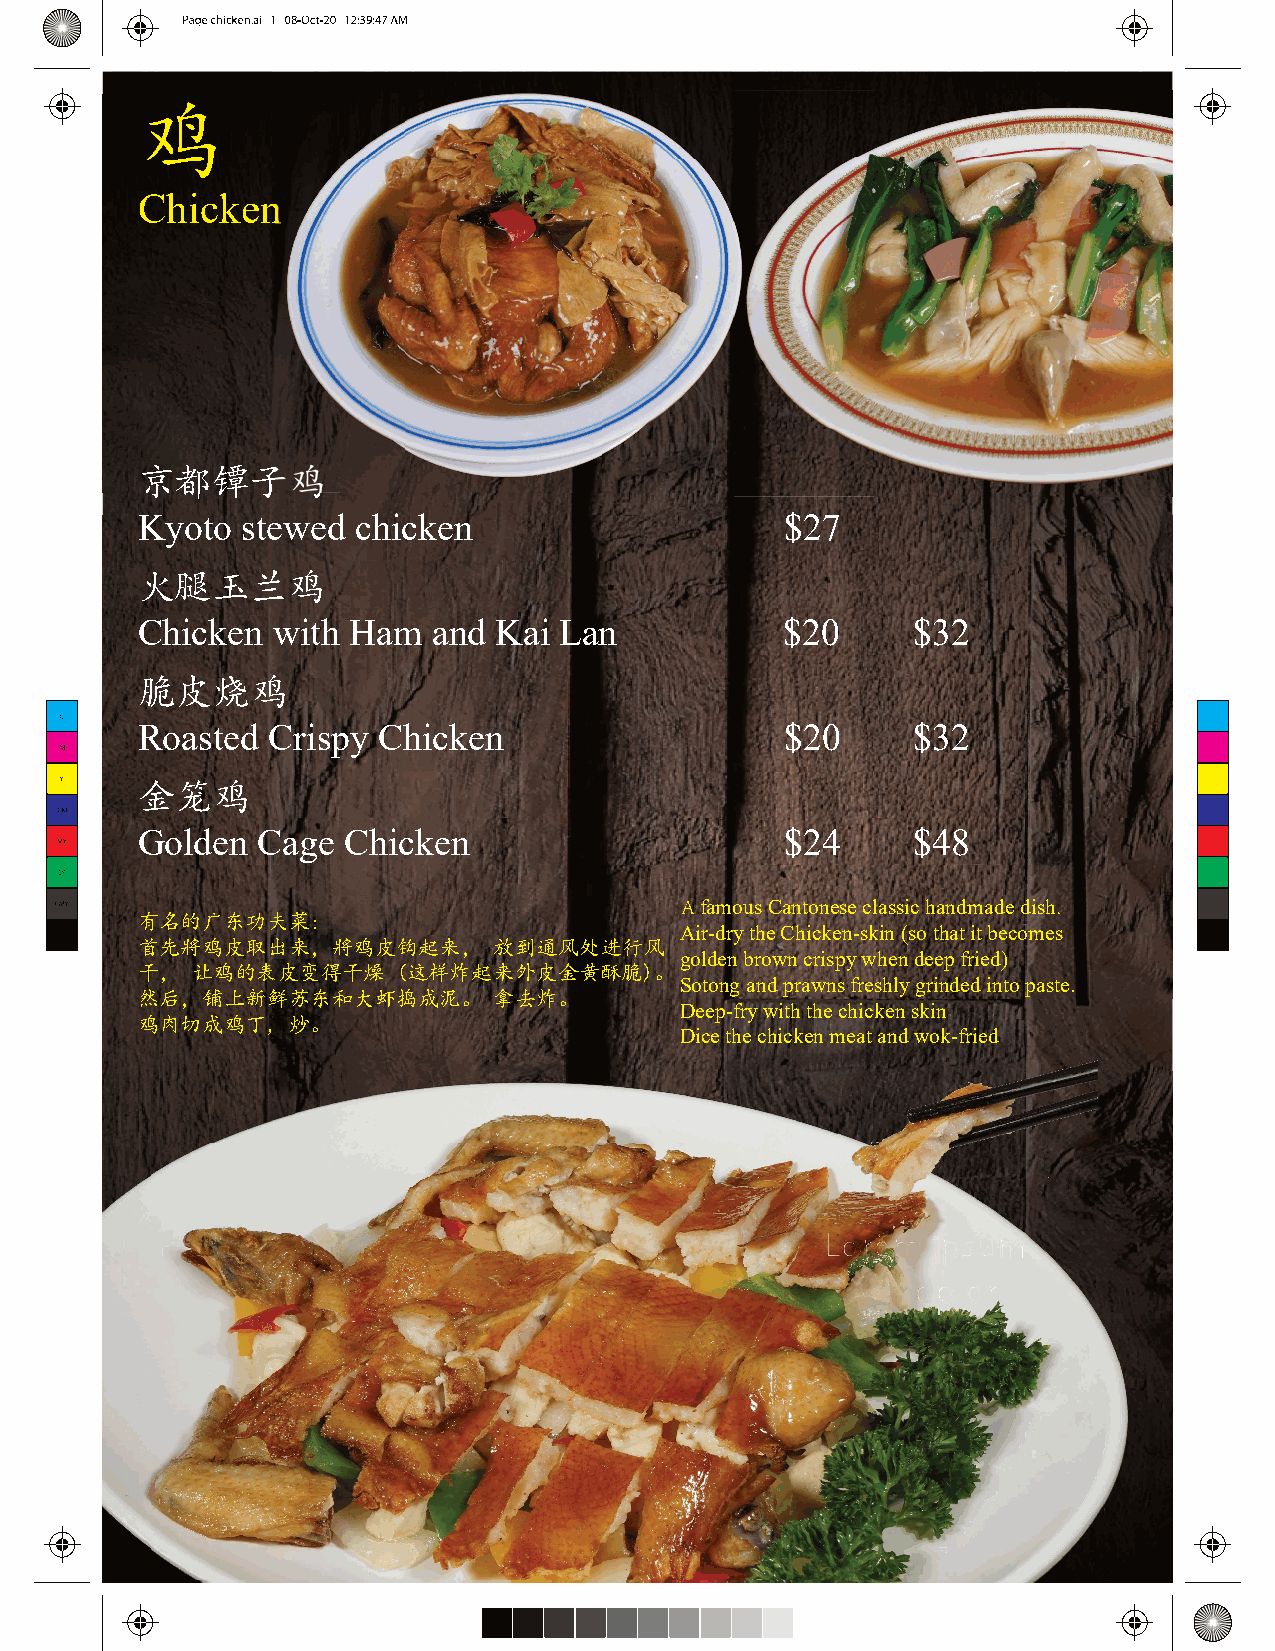
鸡
 Chicken
 京都镡子鸡
 Kyoto  stewed  chicken                     $27
 火腿玉兰鸡
 Chicken  with Ham   and Kai Lan            $20     $32
 脆皮烧鸡
 Roasted  Crispy Chicken                    $20     $32
 金笼鸡
 Golden  Cage  Chicken                      $24     $48
 famous Cantonese classic handmade dish
 有名的广东功夫菜:
 Air-dry the Chicken-skin (so that it becomes
 首先將鸡皮取出来，將鸡皮钩起来，        放到通风处进行风
 golden brown crispy when deep fried)
 干，  让鸡的表皮变得干燥    (这样炸起来外皮金黄酥脆)。
 Sotong and prawns freshly grinded into paste.
 然后，铺上新鲜苏东和大虾捣成泥。        拿去炸。
 Deep-fry with the chicken skin
 鸡肉切成鸡丁,   炒。
 Dice the chicken meat and wok-fried